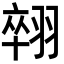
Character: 𦑋